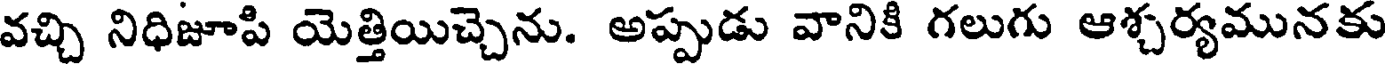
వచ్చి నిధిజూపి యెత్తియిచ్చెను. అప్పుడు వానికి గలుగు ఆశ్చర్యమునకు